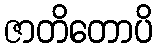
ဇာတိတောပိ